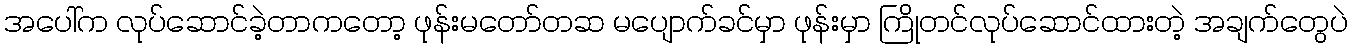
အပေါ်က လုပ်ဆောင်ခဲ့တာကတော့ ဖုန်းမတော်တဆ မပျောက်ခင်မှာ ဖုန်းမှာ ကြိုတင်လုပ်ဆောင်ထားတဲ့ အချက်တွေပဲ